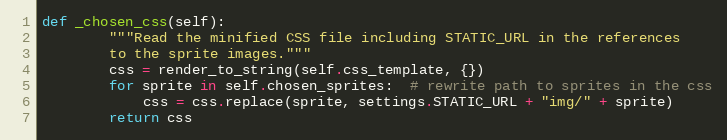
Language: Python
def _chosen_css(self):
        """Read the minified CSS file including STATIC_URL in the references
        to the sprite images."""
        css = render_to_string(self.css_template, {})
        for sprite in self.chosen_sprites:  # rewrite path to sprites in the css
            css = css.replace(sprite, settings.STATIC_URL + "img/" + sprite)
        return css